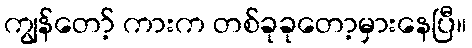
ကျွန်တော့် ကားက တစ်ခုခုတော့မှားနေပြီ။